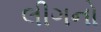
લીગનો